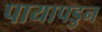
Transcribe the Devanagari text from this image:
पायापडुन